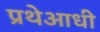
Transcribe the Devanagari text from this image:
प्रथेआधी